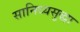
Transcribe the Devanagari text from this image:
सानिध्यसुद्धा